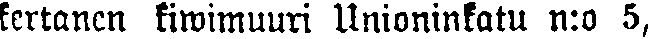
kertanen kiwimuuri Unioninkatu n:o 5,